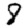
Digit: 8